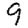
Digit: 9